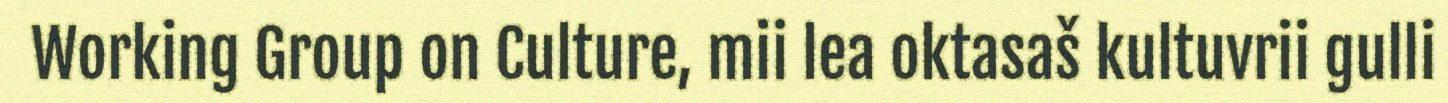
Working Group on Culture, mii lea oktasaš kultuvrii gulli